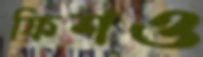
ফিশও